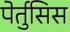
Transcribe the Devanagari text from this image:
पेर्तुसिस